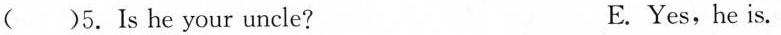
( )5. Is he your uncle? E. Yes,he is.